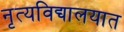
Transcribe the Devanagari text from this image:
नृत्यविद्यालयात